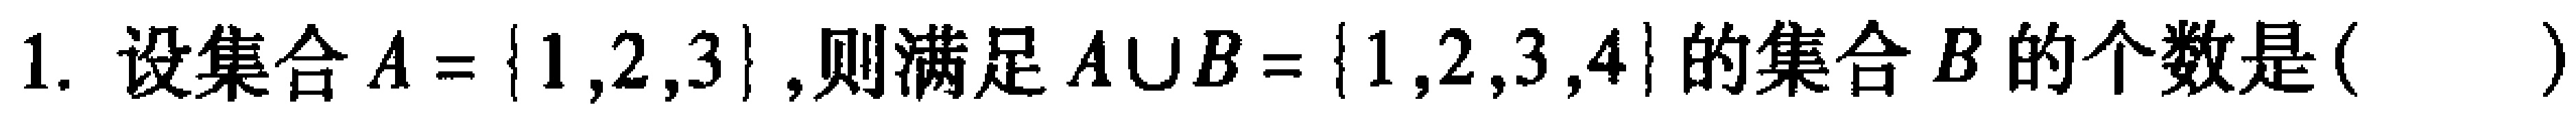
1. 设集合\(A = \{1,2,3\}\),则满足\(A\cup B = \{1,2,3,4\}\)的集合\(B\)的个数是( )